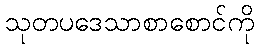
သုတပဒေသာစာစောင်ကို